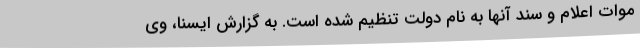
موات اعلام و سند آنها به نام دولت تنظیم شده است. به گزارش ایسنا، وی